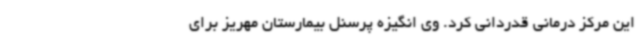
این مرکز درمانی قدردانی کرد. وی انگیزه پرسنل بیمارستان مهریز برای